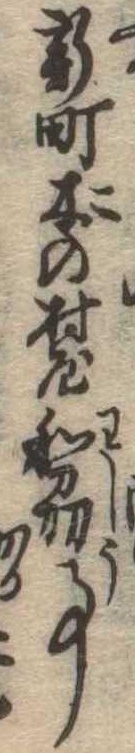
新町木の村屋和刕事